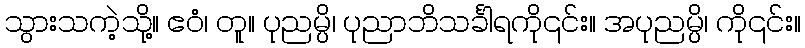
သွားသကဲ့သို့။ ဧဝံ၊ တူ။ ပုညမ္ပိ၊ ပုညာဘိသင်္ခါရကို၎င်း။ အပုညမ္ပိ၊ ကို၎င်း။